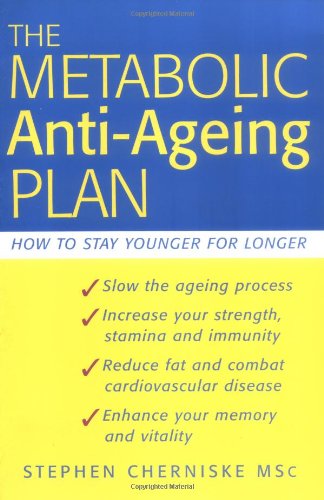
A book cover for The Metabolic Anti-ageing Plan: How to Stay Younger Longer; Stephen Cherniske; Health, Fitness & Dieting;